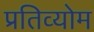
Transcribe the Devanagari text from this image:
प्रतिव्योम